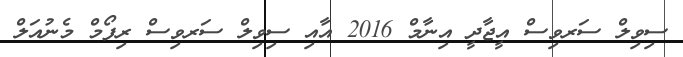
ސިވިލް ސަރވިސް އީޖާދީ އިނާމް 2016 އާއި ސިވިލް ސަރވިސް ރިފޯމް މެނުއަލް